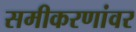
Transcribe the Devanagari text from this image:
समीकरणांवर